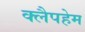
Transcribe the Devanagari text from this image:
क्लैपहेम